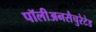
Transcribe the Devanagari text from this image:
पॉलीअनसैचुरेटेड